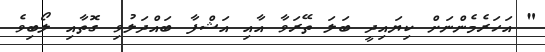
" އަހަރެމެންނަށް ކިޔައިދީ ބަލަ ތޭރަވާ އާއި އަޝްފާ ބައްދަލުވި ގޮތާއި ލޯބިވެ